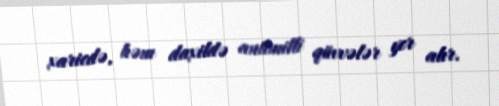
xaricdə, həm daxildə antimilli qüvvələr yer alır.